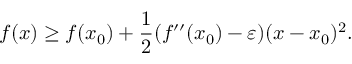
f ( x ) \geq f ( x _ { 0 } ) + { \frac { 1 } { 2 } } ( f ^ { \prime \prime } ( x _ { 0 } ) - \varepsilon ) ( x - x _ { 0 } ) ^ { 2 } .